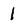
Character: 1